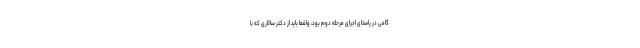
گامی در راستای اجرای مرحله دوم بود، واقعا باید از دکتر سالاری که با